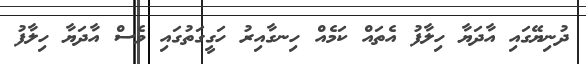
ދުނިޔޭގައި އާދަޔާ ހިލާފު އެތައް ކަމެއް ހިނގާއިރު ހަގީގަތުގައި ވެސް އާދަޔާ ހިލާފު